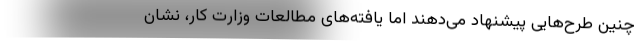
چنین طرح‌هایی پیشنهاد می‌دهند اما یافته‌های مطالعات وزارت کار، نشان